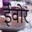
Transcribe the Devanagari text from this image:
ईवोर